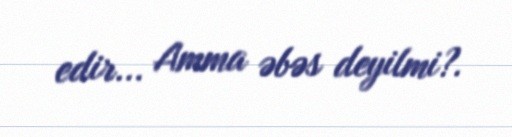
edir... Amma əbəs deyilmi?.